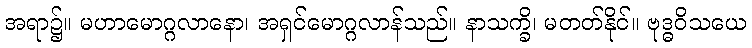
အရာ၌။ မဟာမောဂ္ဂလာနော၊ အရှင်မောဂ္ဂလာန်သည်။ နာသက္ခိ၊ မတတ်နိုင်။ ဗုဒ္ဓဝိသယေ